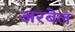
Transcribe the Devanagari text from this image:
अरबेल